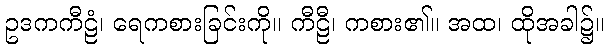
ဥဒကကီဠံ၊ ရေကစားခြင်းကို။ ကီဠီ၊ ကစား၏။ အထ၊ ထိုအခါ၌။